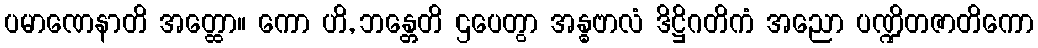
ပမာဏေနာတိ အတ္ထော။ ကော ဟိ, ဘန္တေတိ ဌပေတွာ အန္ဓဗာလံ ဒိဋ္ဌိဂတိကံ အညော ပဏ္ဍိတဇာတိကော